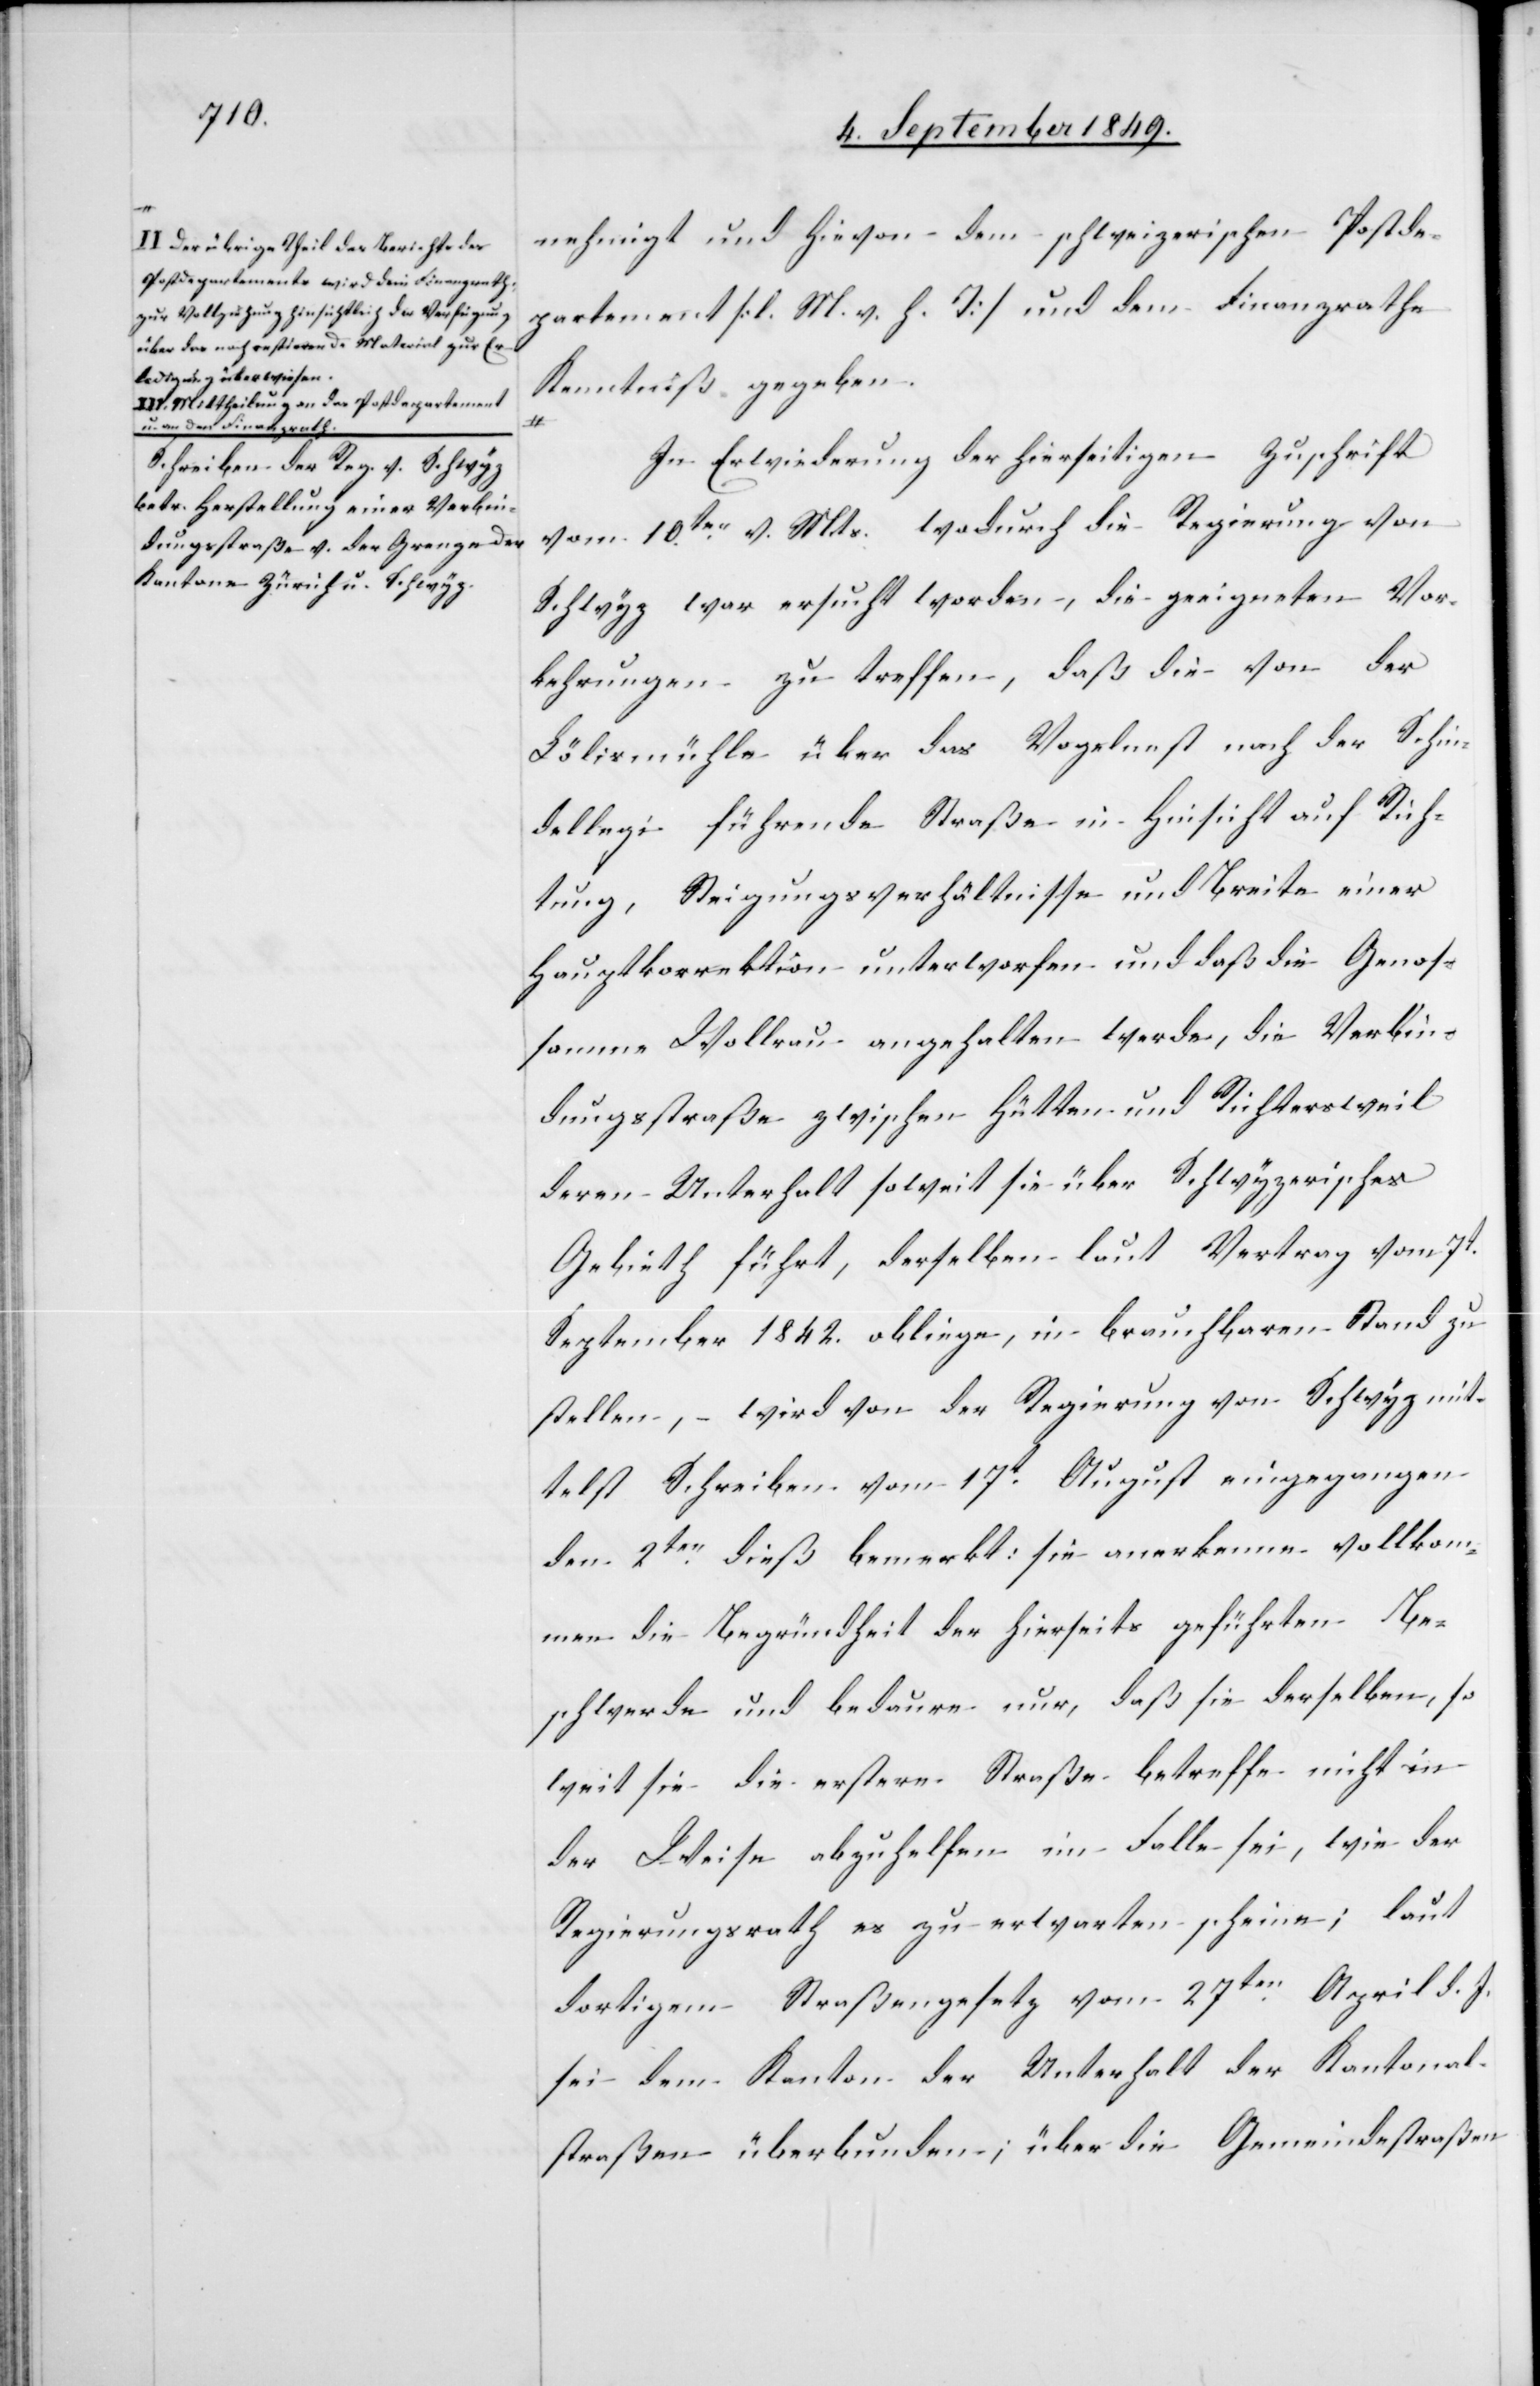
a-II. Der übrige Theil des Berichtes des
Postdepartements wird dem Finanzrath
zur Vollziehung hinsichtlich der Verfügung
über das noch restirende Material zur Er¬
ledigung überwiesen.
Mittheilung an das Postdepartement
u. an den Finanzrath.-a

nehmigt und hievon dem schweizerischen Postde¬
partement [l. M. v. h. T] und dem Finanzrathe
Kenntniß gegeben.
In Erwiederung der hierseitigen Zuschrift
vom 10ten v. Mts. wodurch die Regierung von
Schwyz war ersucht worden, die geeigneten Vor¬
kehrungen zu treffen, daß die von der
Lölismühle über das Vogelnest nach der Schin¬
dellegi führende Straße in Hinsicht auf Rich¬
tung, Steigungsverhältnisse und Breite einer
Hauptkorrektion unterworfen und daß die Genos¬
samme Woll[e]rau angehalten werde, die Verbin¬
dungsstraße zwischen Hütten und Richtersweil
deren Unterhalt soweit sie über Schwyzerisches
Gebiet führt, derselben laut Vertrag vom 7t
September 1842. obliege, in brauchbaren Stand zu
stellen, wird von der Regierung von Schwyz mit¬
telst Schreiben vom 17t August eingegangen
den 2ten dieß bemerkt: sie anerkenne vollkom¬
men die Begründheit der hierseits geführten Be¬
schwerde und bedaure nur, daß sie derselben, so
weit sie die erstere Straße betreffe nicht in
der Weise abzuhelfen im Falle sei, wie der
Regierungsrath es zu erwarten scheine; laut
dortigem Straßengesetz vom 27ten April d. J.
sei dem Kanton der Unterhalt der Kantonal¬
straßen überbunden; über die Gemeindestraßen